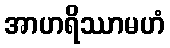
အာဟရိဿာမဟံ